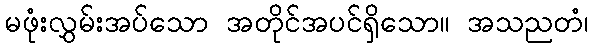
မဖုံးလွှမ်းအပ်သော အတိုင်အပင်ရှိသော။ အသညတံ၊